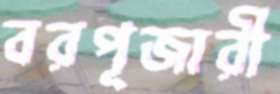
বরপূজারী